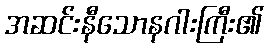
အဆင်းနီသောနဂါးကြီး၏